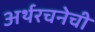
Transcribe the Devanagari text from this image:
अर्थरचनेची